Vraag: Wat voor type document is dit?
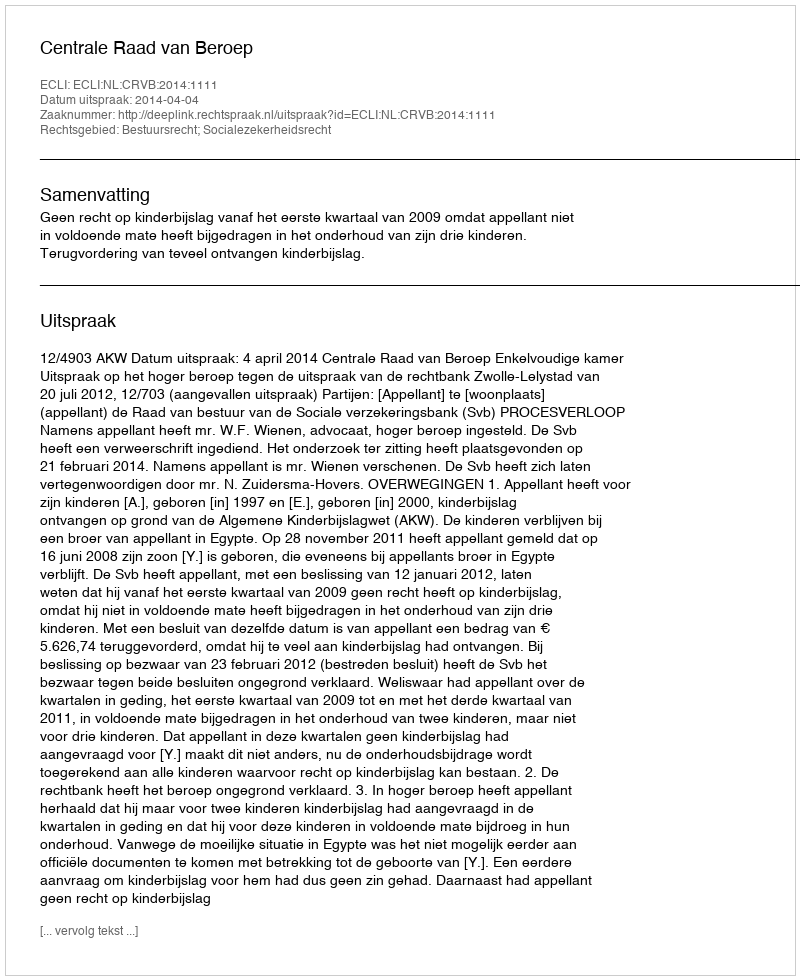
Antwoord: Uitspraak